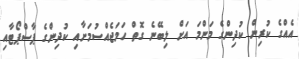
އެއްގެ ކުރިން ކުދިންގެ މަންމަ އަށް ލިބޭނެ ގޮތް ހަމަޖެއްސުމަށާއި ކުދިންގެ ޕާސްޕޯޓާއި